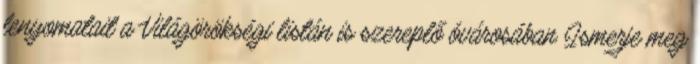
lenyomatait a Világörökségi listán is szereplő óvárosában Ismerje meg